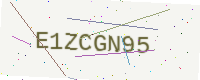
Text: E1ZCGN95